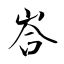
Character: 峇